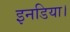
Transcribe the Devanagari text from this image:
इनडिया।